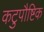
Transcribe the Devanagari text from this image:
कटुपौष्टिक